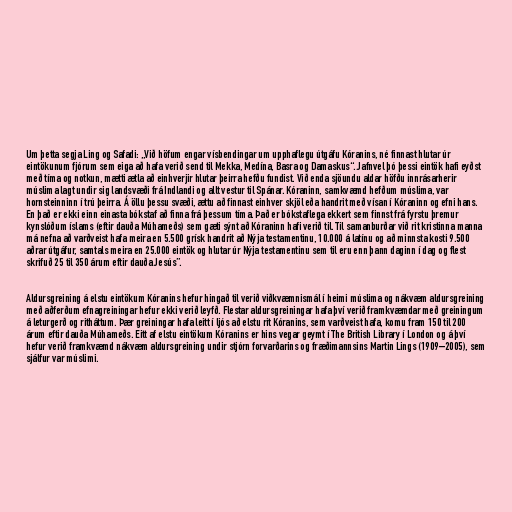
Um þetta segja Ling og Safadi: „Við höfum engar vísbendingar um upphaflegu útgáfu Kóranins, né finnast hlutar úr
eintökunum fjórum sem eiga að hafa verið send til Mekka, Medína, Basra og Damaskus“. Jafnvel þó þessi eintök hafi eyðst
með tíma og notkun, mætti ætla að einhverjir hlutar þeirra hefðu fundist. Við enda sjöundu aldar höfðu innrásarherir
múslima lagt undir sig landsvæði frá Indlandi og allt vestur til Spánar. Kóraninn, samkvæmd hefðum múslima, var
hornsteinninn í trú þeirra. Á öllu þessu svæði, ættu að finnast einhver skjöl eða handrit með vísan í Kóraninn og efni hans.
En það er ekki einn einasta bókstaf að finna frá þessum tíma. Það er bókstaflega ekkert sem finnst frá fyrstu þremur
kynslóðum íslams (eftir dauða Múhameðs) sem gæti sýnt að Kóraninn hafi verið til. Til samanburðar við rit kristinna manna
má nefna að varðveist hafa meira en 5.500 grísk handrit að Nýja testamentinu, 10.000 á latínu og að minnsta kosti 9.500
aðrar útgáfur, samtals meira en 25.000 eintök og hlutar úr Nýja testamentinu sem til eru enn þann daginn í dag og flest
skrifuð 25 til 350 árum eftir dauða Jesús”.

Aldursgreining á elstu eintökum Kóranins hefur hingað til verið viðkvæmnismál í heimi múslima og nákvæm aldursgreining
með aðferðum efnagreiningar hefur ekki verið leyfð. Flestar aldursgreiningar hafa því verið framkvæmdar með greiningum
á leturgerð og ritháttum. Þær greiningar hafa leitt í ljós að elstu rit Kóranins, sem varðveist hafa, komu fram 150 til 200
árum eftir dauða Múhameðs. Eitt af elstu eintökum Kóranins er hins vegar geymt í The British Library í London og á því
hefur verið framkvæmd nákvæm aldursgreining undir stjórn forvarðarins og fræðimannsins Martin Lings (1909–2005), sem
sjálfur var múslimi.